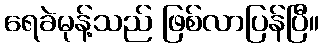
ရေခဲမုန့်သည် ဖြစ်လာပြန်ပြီ။